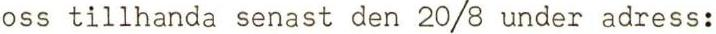
oss tillhanda senast den 20/8 under adress: